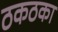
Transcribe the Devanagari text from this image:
ठकठका